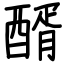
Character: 醑